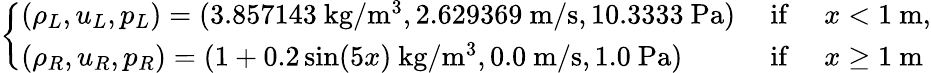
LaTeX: \left\{ \begin{array}{lll}{\left(\rho_{L},u_{L},p_{L}\right)=(3.857143\mathrm{~kg}/\mathrm{m}^{3},2.629369\mathrm{~m}/\mathrm{s},10.3333\mathrm{~Pa})}&{\mathrm{~if~}}&{x<1\mathrm{~m},}\\ {\left(\rho_{R},u_{R},p_{R}\right)=(1+0.2\sin(5x)\mathrm{~kg}/\mathrm{m}^{3},0.0\mathrm{~m}/\mathrm{s},1.0\mathrm{~Pa})}&{\mathrm{~if~}}&{x\geq 1\mathrm{~m}}\end{array}\right.